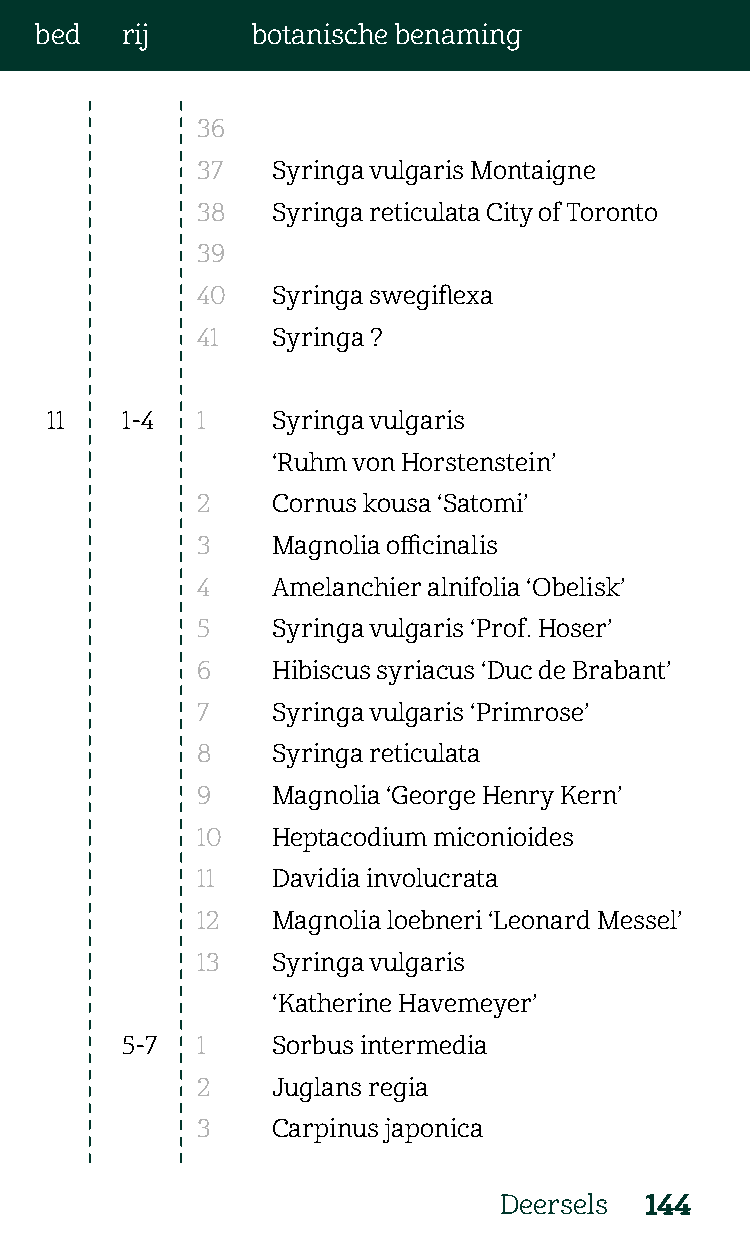
bed   rij      botanische benaming
 36
 37   Syringa vulgaris Montaigne
 38   Syringa reticulata City of Toronto
 39
 40   Syringa swegiflexa
 41   Syringa ?
 11   1-4  1    Syringa vulgaris
 ‘Ruhm von Horstenstein’
 2    Cornus kousa ‘Satomi’
 3    Magnolia officinalis
 4    Amelanchier alnifolia ‘Obelisk’
 5    Syringa vulgaris ‘Prof. Hoser’
 6    Hibiscus syriacus ‘Duc de Brabant’
 7    Syringa vulgaris ‘Primrose’
 8    Syringa reticulata
 9    Magnolia ‘George Henry Kern’
 10   Heptacodium miconioides
 11   Davidia involucrata
 12   Magnolia loebneri ‘Leonard Messel’
 13   Syringa vulgaris
 ‘Katherine Havemeyer’
 5-7  1    Sorbus intermedia
 2    Juglans regia
 3    Carpinus japonica
 Deersels  144